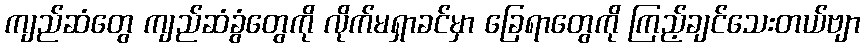
ကျည်ဆံတွေ ကျည်ဆံခွံတွေကို လိုက်မရှာခင်မှာ ခြေရာတွေကို ကြည့်ချင်သေးတယ်ဗျာ